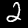
Label: 2